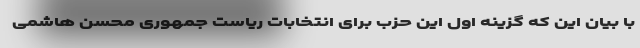
با بیان این که گزینه اول این حزب برای انتخابات ریاست جمهوری محسن هاشمی